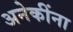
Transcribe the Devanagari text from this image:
अनेकींना